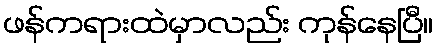
ဖန်ကရားထဲမှာလည်း ကုန်နေပြီ။